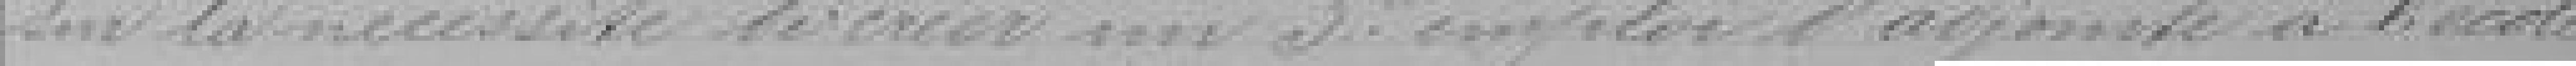
sur la nécessité de créer un 3ème poste d'adjointe à l'école